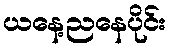
ယနေ့ညနေပိုင်း